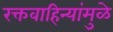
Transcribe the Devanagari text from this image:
रक्तवाहिन्यांमुळे